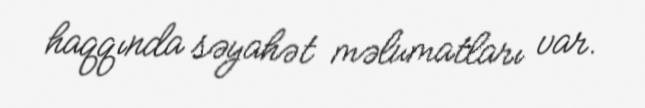
haqqında səyahət məlumatları var.